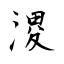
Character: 溭